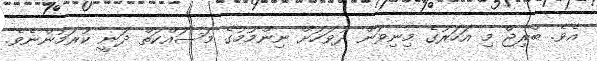
އެވެ. ބްރިޖް މި އަހަރުގެ މިނިވަން ދުވަހަށް ނިންމުމުގެ މަސައްކަތް ދަނީ ކުރަމުންނެވެ.